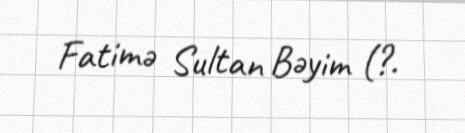
Fatimə Sultan Bəyim (?.